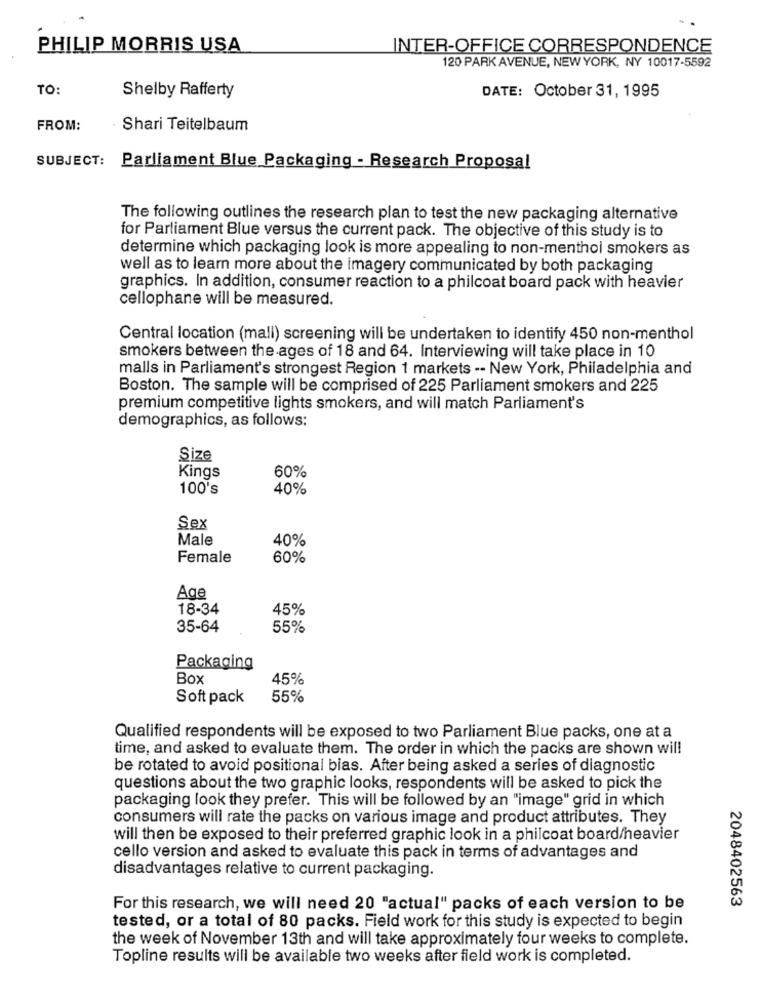
PHILIP MORRIS USA
INTER-OFFICE CORRESPONDENCE
120 PARK AVENUE, NEW YORK, NY 10017-5592
TO:
Shelby Rafferty
DATE: October 31, 1995
FROM:
Shari Teitelbaum
SUBJECT:
Parliament Blue Packaging - Research Proposal
The following outlines the research plan to test the new packaging alternative
for Parliament Blue versus the current pack. The objective of this study is to
determine which packaging look is more appealing to non-menthol smokers as
well as to learn more about the imagery communicated by both packaging
graphics. In addition, consumer reaction to a philcoat board pack with heavier
cellophane will be measured.
Central location (mall) screening will be undertaken to identify 450 non-menthol
smokers between the ages of 18 and 64. Interviewing will take place in 10
malls in Parliament's strongest Region 1 markets -- New York, Philadelphia and
Boston. The sample will be comprised of 225 Parliament smokers and 225
premium competitive lights smokers, and will match Parliament's
demographics, as follows:
Size
60%
Kings
100's
40%
Sex
Male
40%
Female
60%
Age
18-34
45%
35-64
55%
Packaging
Box
45%
Soft pack
55%
Qualified respondents will be exposed to two Parliament Blue packs, one at a
time, and asked to evaluate them. The order in which the packs are shown will
be rotated to avoid positional bias. After being asked a series of diagnostic
questions about the two graphic looks, respondents will be asked to pick the
packaging look they prefer. This will be followed by an "image" grid in which
consumers will rate the packs on various image and product attributes. They
will then be exposed to their preferred graphic look in a philcoat board/heavier
cello version and asked to evaluate this pack in terms of advantages and
disadvantages relative to current packaging.
2048402563
For this research, we will need 20 "actual" packs of each version to be
tested, or a total of 80 packs. Field work for this study is expected to begin
the week of November 13th and will take approximately four weeks to complete.
Topline results will be available two weeks after field work is completed.